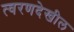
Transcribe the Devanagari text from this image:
त्वरणदेखील